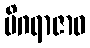
မိဂရာဇာဝ